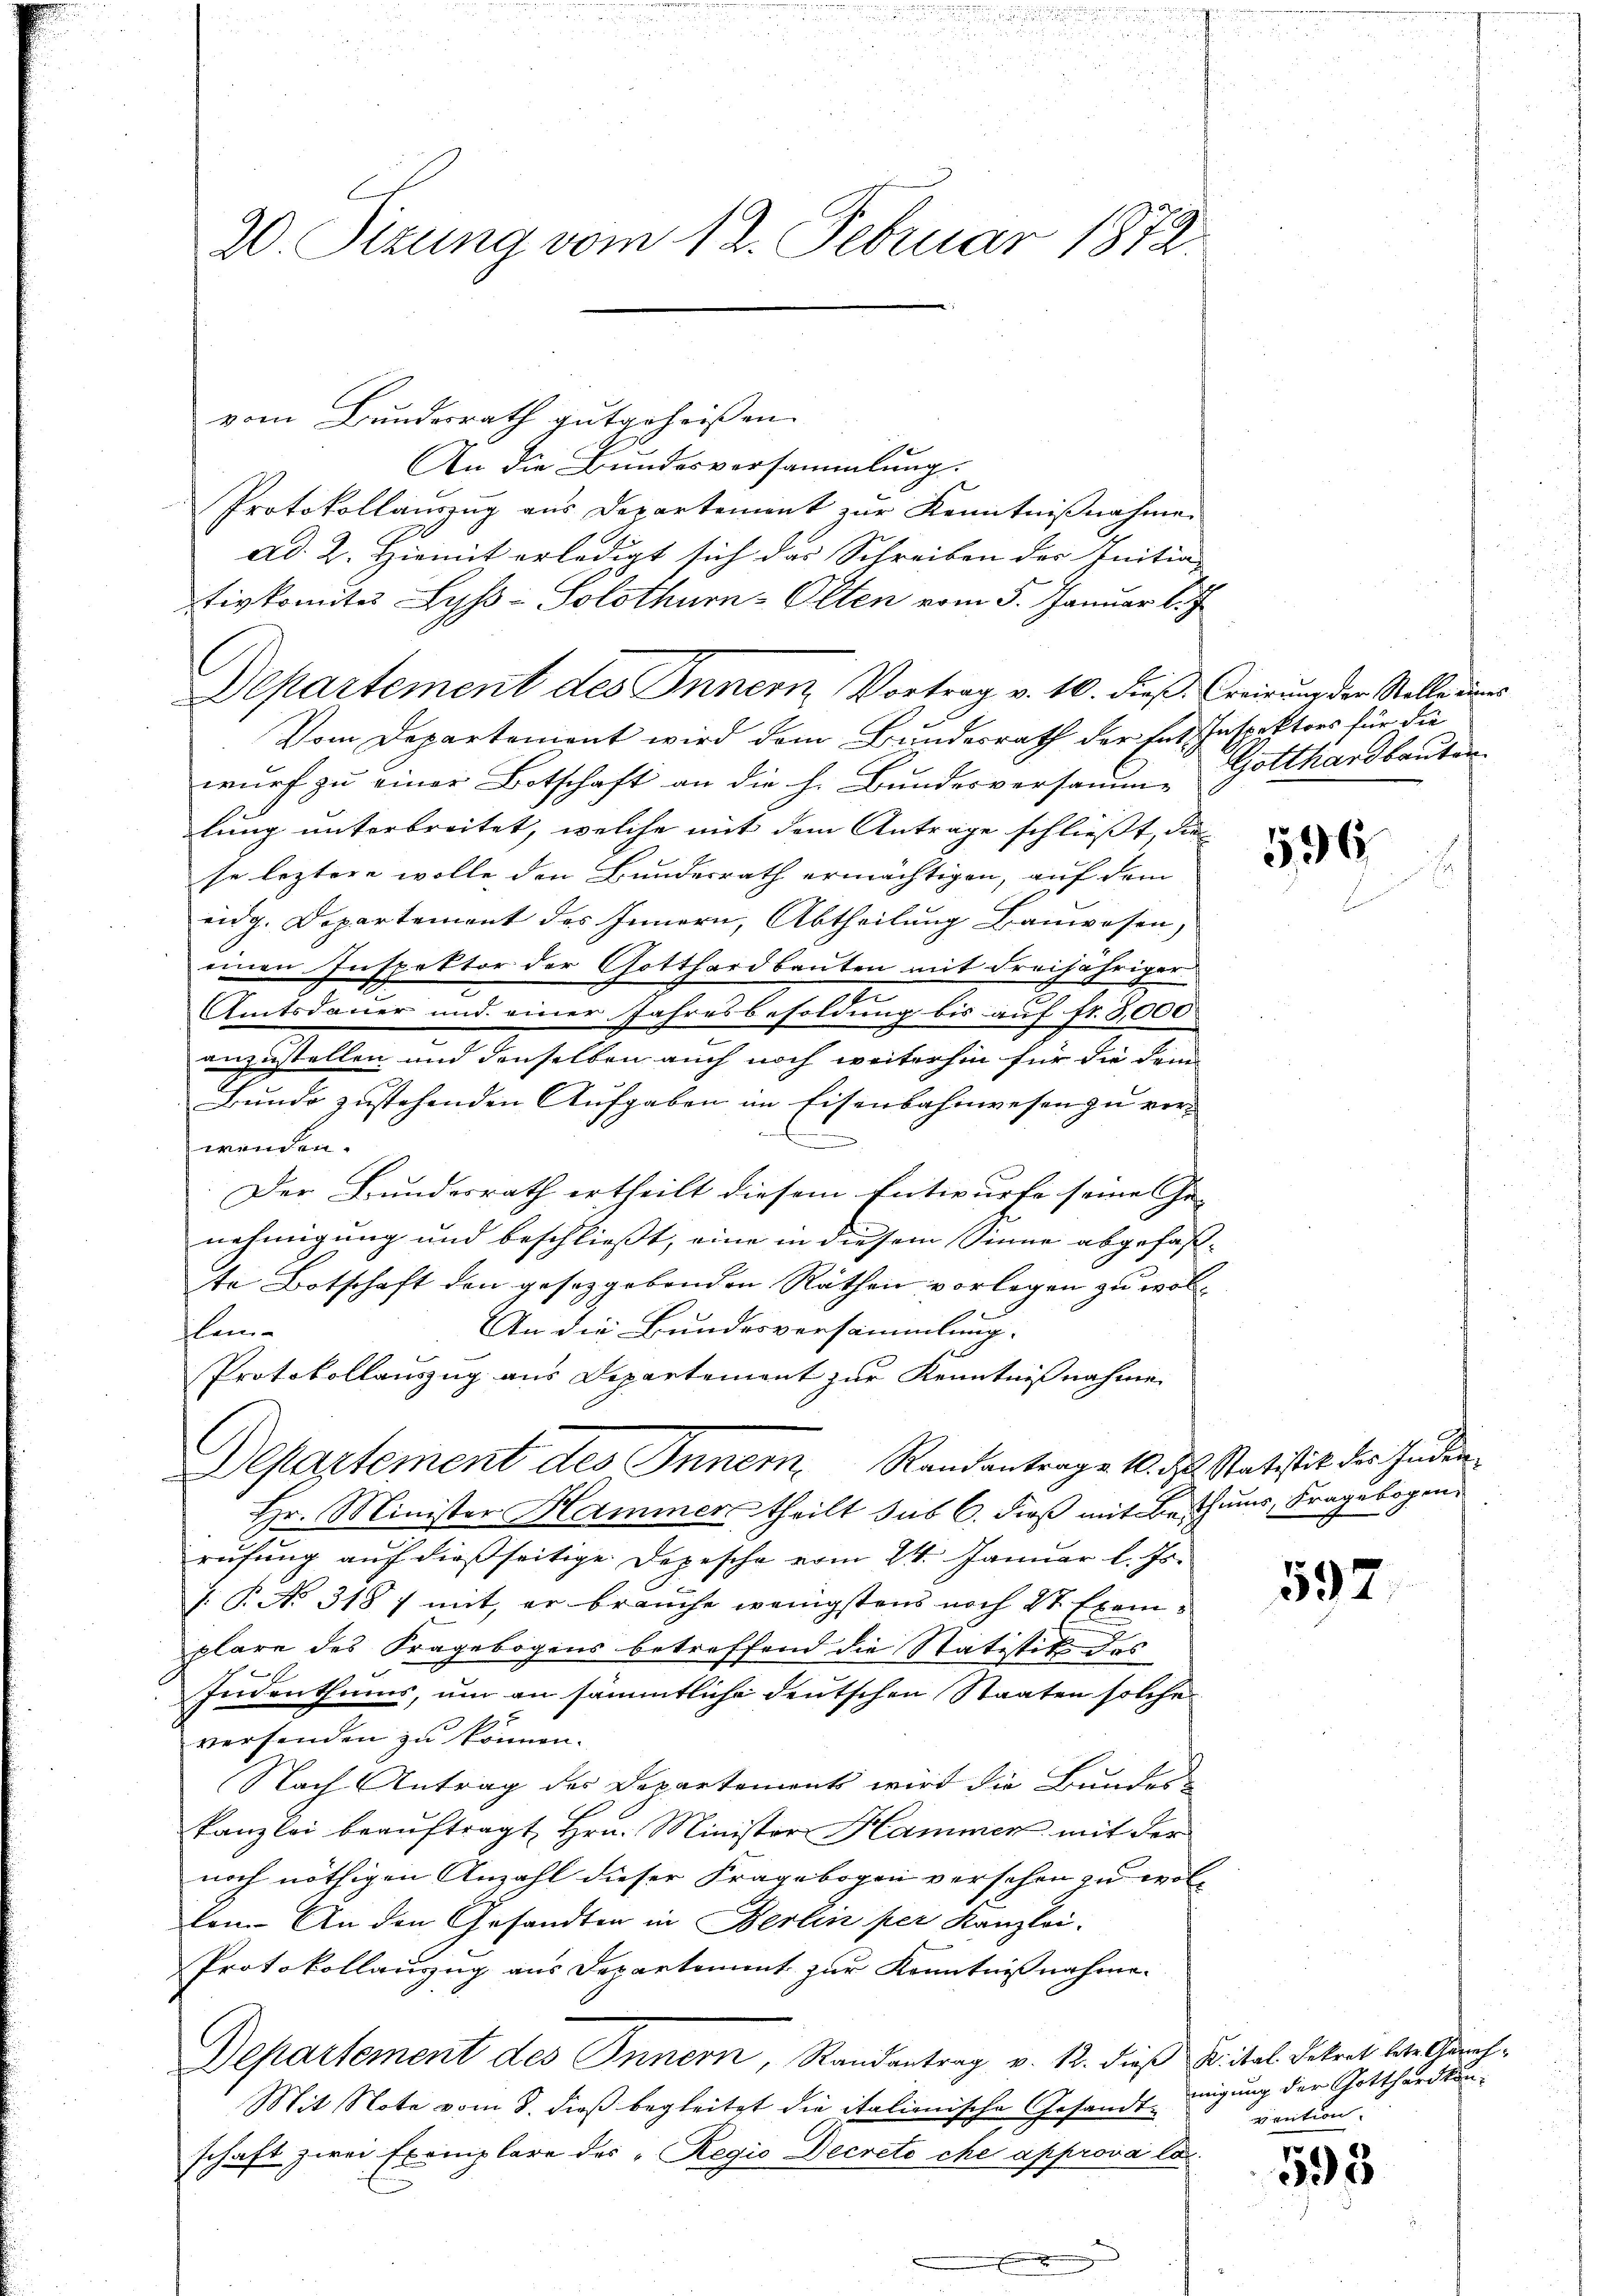
20. Sizung vom 12. Februar 1872.

vom Bundesrath gutgeheißen.
An die Bundesversammlung.
Protokollauszug aus Departement zur Kenntniβnahme.
ad. 2. Hiemit erledigt sich das Schreiben der Initia
tivkomita Lyss-Solothurn-Olten vom 5. Januar l. J
Departement des Innern, Vortrag v. 10. dieß: Ereigung der Stelle des
Vom Departement wird dem Bundesrath der tat Inspektors für die
wurf zu einer Botschaft an die h. Bundesversamm- Gotthardbauten
lung unterbreitet, welche mit dem Antrage schließt, die
se leztere wolle den Bundesrath ermächtigen, auf dem
eidg. Departement des Innern, Abtheilung Bauwesen,
einen Inspektor der Gotthardbauten mit dreijähriger
2
Amtsdauer und einer Jahresbesoldung bis auf fr. 3,000
anzustellen und denselben auch noch weiterhin für die dem
Bunde zustehenden Aufgaben im Eisenbahnwesen zu ver-
E
wenden.
Der Bundesrath ertheilt diesem Entwurfe seine Ge- |
nehmigung und beschließt, eine in diesem Sinne abgefaste Botschaft den gesetzgebenden Räthen vorlegen zu wol-
An die Bundesversammlung
lei- |
Protokollauszug aus Departement zur Kenntnißnahme
Departement des Inner, Randantrage 10. d. Statistik des Inder¬
Hr. Minister Hammer theilt sub 6. dieß mit Benthums, Fragebogen.
rufung auf dießseitige Depesche vom 24. Januar l. Js.
 P. No 318 7 mit, er brauche wenigstens noch Sr Exemplare des Fragebogens betreffend die Statistik des
Indenthums, um an sämmtliche deutschen Staaten solche
19
versenden zu können.
Nach Antrag des Departements wird die Bundes-
Kanzlei beauftragt Hrn. Minister Hammer mit der
noch nöthigen Anzahl dieser Fragebogen versehen zu wolkam. An den Gesandten in Berlin per Kanzlei.
Protokollauszug aus derartement zur Kenntnisnahme.
Departement des Innern, Randantrag v. 12. dieß F. ital Dekret bete Gerich¬
Mit Note vom 8. dieß begleitet die italienische Gesandtschaft zwei Exemplare des „Regio Decreto che approva las¬

596

597.

migung der Gotthardkon-
viention.

598